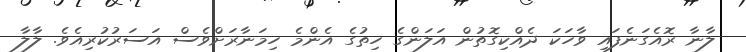
ލާނާ ރޮއެގަނެފައި ވާހަކަ ދެއްކިގޮތުން އަލަންގެ ހިތުގެ އެންމެ ހިމަނާރަށްވެސް އަސަރުކުރިއެވެ. ލާލާ